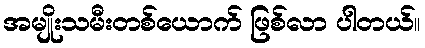
အမျိုးသမီးတစ်ယောက် ဖြစ်လာ ပါတယ်။